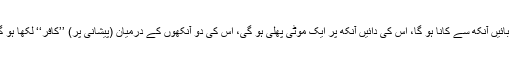
وہ بائیں آنکھ سے کانا ہو گا، اس کی دائیں آنکھ پر ایک موٹی پھلی ہو گی، اس کی دو آنکھوں کے درمیان (پیشانی پر) ’’کافر‘‘ لکھا ہو گا ۔